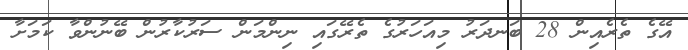
އޭގެ ތެރެއިން 28 ބަނދަރު މިއަހަރުގެ ތެރޭގައި ނިންމަން ސަރުކާރުން ބޭނުންވާ ކަމަށާ